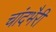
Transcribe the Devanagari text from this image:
चांदभैरी